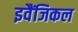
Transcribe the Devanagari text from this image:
इवैंजिकल